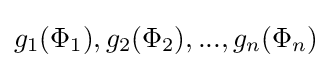
g_{1}(\Phi _{1}),g_{2}(\Phi _{2}),...,g_{n}(\Phi _{n})